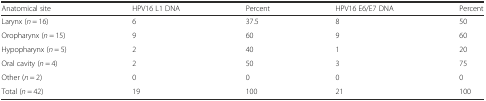
<table><thead><tr><td><b>Anatomical site</b></td><td><b>HPV16 L1 DNA</b></td><td><b>Percent</b></td><td><b>HPV16 E6/E7 DNA</b></td><td><b>Percent</b></td></tr></thead><tbody><tr><td>Larynx (<i>n</i> = 16)</td><td>6</td><td>37.5</td><td>8</td><td>50</td></tr><tr><td>Oropharynx (<i>n</i> = 15)</td><td>9</td><td>60</td><td>9</td><td>60</td></tr><tr><td>Hypopharynx (<i>n</i> = 5)</td><td>2</td><td>40</td><td>1</td><td>20</td></tr><tr><td>Oral cavity (<i>n</i> = 4)</td><td>2</td><td>50</td><td>3</td><td>75</td></tr><tr><td>Other (<i>n</i> = 2)</td><td>0</td><td>0</td><td>0</td><td>0</td></tr><tr><td>Total (<i>n</i> = 42)</td><td>19</td><td>100</td><td>21</td><td>100</td></tr></tbody></table>